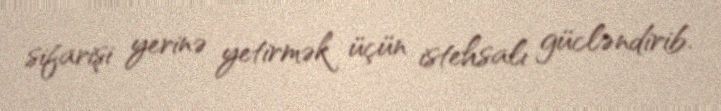
sifarişi yerinə yetirmək üçün istehsalı gücləndirib.